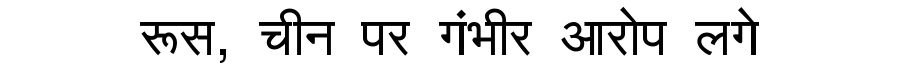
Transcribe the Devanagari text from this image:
रूस, चीन पर गंभीर आरोप लगे